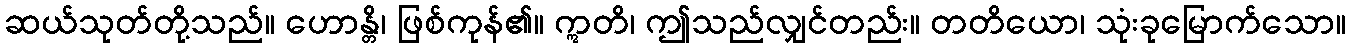
ဆယ်သုတ်တို့သည်။ ဟောန္တိ၊ ဖြစ်ကုန်၏။ ဣတိ၊ ဤသည်လျှင်တည်း။ တတိယော၊ သုံးခုမြောက်သော။